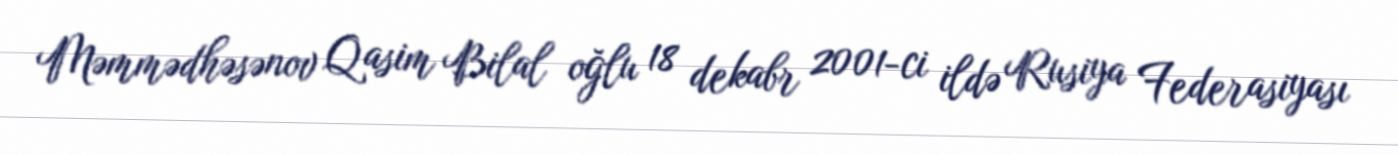
Məmmədhəsənov Qasim Bilal oğlu 18 dekabr 2001-ci ildə Rusiya Federasiyası